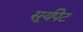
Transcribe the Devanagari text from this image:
सूर्यपेट